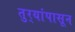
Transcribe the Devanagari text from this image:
तुर्‍यांपासून